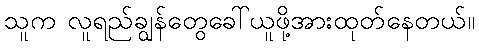
သူက လူရည်ချွန်တွေခေါ်ယူဖို့အားထုတ်နေတယ်။